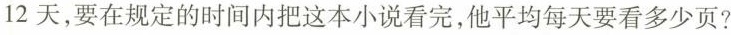
12天，要在规定的时间内把这本小说看完，他平均每天要看多少页？